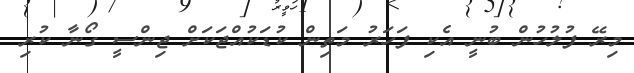
މިރޭ ފުލުހުން ބުނީ އެކި ފަހަރު މަތިން ކުޑަކުއްޖަކަށް ޖިންސީ ގޯނާ ކުރި